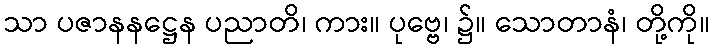
သာ ပဇာနနဋ္ဌေန ပညာတိ၊ ကား။ ပုဗ္ဗေ၊ ၌။ သောတာနံ၊ တို့ကို။